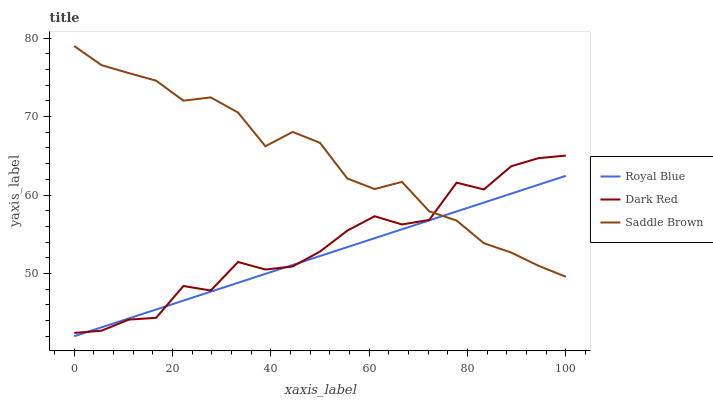
| xaxis_label | Royal Blue | Dark Red | Saddle Brown |
 | --- | --- | --- | --- |
 | 0 | 42 | 42.4 | 79 |
 | 5.56 | 43.1 | 42.7 | 76.6 |
 | 11.1 | 44.3 | 44.1 | 75.5 |
 | 16.7 | 45.4 | 44.4 | 74.6 |
 | 22.2 | 46.5 | 48.4 | 72 |
 | 27.8 | 47.7 | 47.8 | 72.4 |
 | 33.3 | 48.8 | 51.5 | 70.5 |
 | 38.9 | 50 | 50.5 | 66.2 |
 | 44.4 | 51.1 | 50.9 | 68 |
 | 50 | 52.2 | 52.8 | 66.7 |
 | 55.6 | 53.4 | 55.5 | 62.1 |
 | 61.1 | 54.5 | 57.3 | 60.8 |
 | 66.7 | 55.6 | 56.2 | 61.7 |
 | 72.2 | 56.8 | 56.8 | 57.9 |
 | 77.8 | 57.9 | 61.6 | 56.8 |
 | 83.3 | 59 | 60.7 | 53.9 |
 | 88.9 | 60.2 | 63.7 | 52.7 |
 | 94.4 | 61.3 | 64.7 | 51 |
 | 100 | 62.5 | 65 | 49.6 |